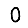
Digit: 0